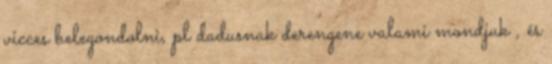
vicces belegondolni, pl dadusnak derengene valami mondjuk , és